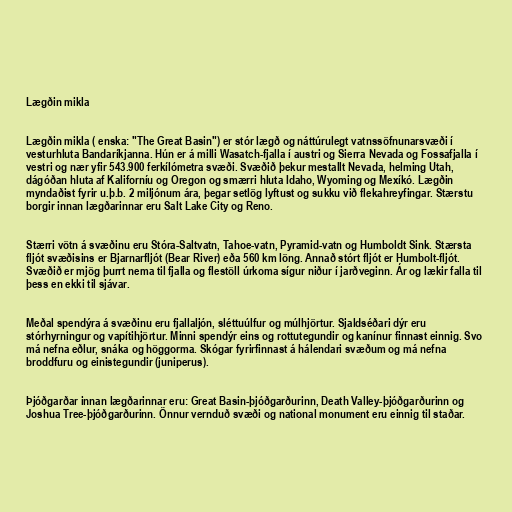
Lægðin mikla

Lægðin mikla ( enska: "The Great Basin") er stór lægð og náttúrulegt vatnssöfnunarsvæði í
vesturhluta Bandaríkjanna. Hún er á milli Wasatch-fjalla í austri og Sierra Nevada og Fossafjalla í
vestri og nær yfir 543.900 ferkílómetra svæði. Svæðið þekur mestallt Nevada, helming Utah,
dágóðan hluta af Kaliforníu og Oregon og smærri hluta Idaho, Wyoming og Mexíkó. Lægðin
myndaðist fyrir u.þ.b. 2 miljónum ára, þegar setlög lyftust og sukku við flekahreyfingar. Stærstu
borgir innan lægðarinnar eru Salt Lake City og Reno.

Stærri vötn á svæðinu eru Stóra-Saltvatn, Tahoe-vatn, Pyramid-vatn og Humboldt Sink. Stærsta
fljót svæðisins er Bjarnarfljót (Bear River) eða 560 km löng. Annað stórt fljót er Humbolt-fljót.
Svæðið er mjög þurrt nema til fjalla og flestöll úrkoma sígur niður í jarðveginn. Ár og lækir falla til
þess en ekki til sjávar.

Meðal spendýra á svæðinu eru fjallaljón, sléttuúlfur og múlhjörtur. Sjaldséðari dýr eru
stórhyrningur og vapítihjörtur. Minni spendýr eins og rottutegundir og kanínur finnast einnig. Svo
má nefna eðlur, snáka og höggorma. Skógar fyrirfinnast á hálendari svæðum og má nefna
broddfuru og einistegundir (juniperus).

Þjóðgarðar innan lægðarinnar eru: Great Basin-þjóðgarðurinn, Death Valley-þjóðgarðurinn og
Joshua Tree-þjóðgarðurinn. Önnur vernduð svæði og national monument eru einnig til staðar.